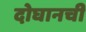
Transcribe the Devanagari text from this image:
दोघानची